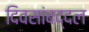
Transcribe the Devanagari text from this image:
दिवसांबद्दल